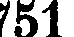
751